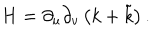
H = \partial _ { u } \partial _ { v } \left( k + \tilde { k } \right) .